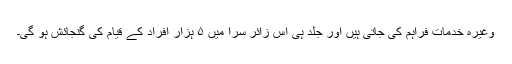
وغیرہ خدمات فراہم کی جاتی ہیں اور جلد ہی اس زائر سرا میں ۵ ہزار افراد کے قیام کی گنجائش ہو گی۔